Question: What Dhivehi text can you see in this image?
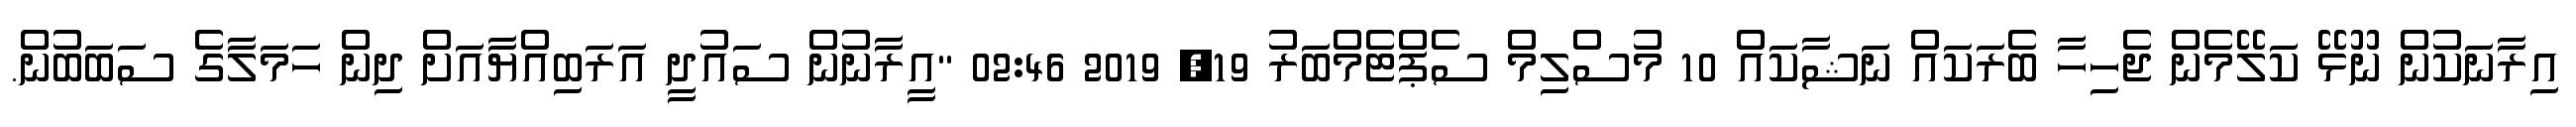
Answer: އިރާނަކުން ނޫޅޭ ކަލޭމެން ޖެހިހާ ބެރަކައް ނަޝާކައް 10 މުސްލިމް ސެޕްޓެމްބަރު 19, 2019 02:46 "އީރާނުން ސައުދީ އަރަބިއްޔާއަށް ދިން ހަމަލާގެ ސަބަބުން.